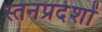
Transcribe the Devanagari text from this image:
स्तनप्रदेशों